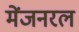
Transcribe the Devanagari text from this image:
मेंजनरल